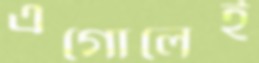
এগোলেই